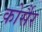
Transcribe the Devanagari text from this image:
कोर्सैर